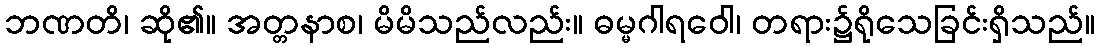
ဘဏတိ၊ ဆို၏။ အတ္တနာစ၊ မိမိသည်လည်း။ ဓမ္မဂါရဝေါ၊ တရား၌ရိုသေခြင်းရှိသည်။